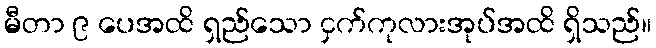
မီတာ ၉ ပေအထိ ရှည်သော ငှက်ကုလားအုပ်အထိ ရှိသည်။